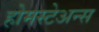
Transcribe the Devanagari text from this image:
होमस्टेअन्स